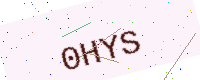
Text: 0HYS